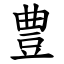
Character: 豊